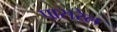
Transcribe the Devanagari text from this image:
पासरेल